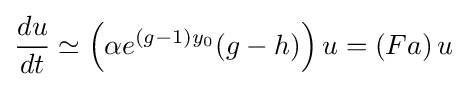
{\frac {du}{dt}}\simeq \left(\alpha e^{(g-1)y_{0}}(g-h)\right)u=\left(Fa\right)u